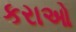
કરાઓ